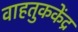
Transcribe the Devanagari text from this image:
वाहतुककेंद्र